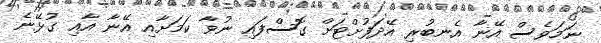
ނަމަވެސް އޭނާ އެނބުރި އޭދަފުށްޓަށް ގޮސްފައި ނުވާ ކަމަށާއި އޭނާ އާއި ގުޅޭނެ